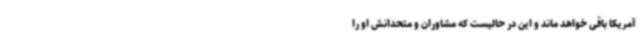
آمریکا باقی خواهد ماند و این در حالیست که مشاوران و متحدانش او را